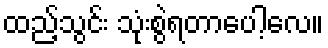
ထည့်သွင်း သုံးစွဲရတာပေါ့လေ။